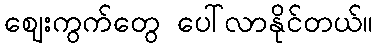
ဈေးကွက်တွေ ပေါ်လာနိုင်တယ်။